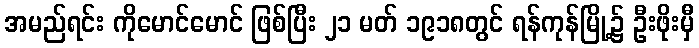
အမည်ရင်း ကိုမောင်မောင် ဖြစ်ပြီး ၂၁ မတ် ၁၉၁၈တွင် ရန်ကုန်မြို့၌ ဦးဖိုးမှီ